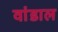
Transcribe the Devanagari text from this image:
वांडाल